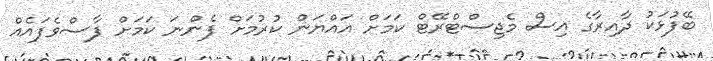
ބޭފުޅަކު ދާއިރާގެ އިސް މެޖިސްޓްރޭޓް ކަމަށް އައްޔަން ކުރުމަށް ފެންނަ ކަމަށް ފާސްވެފައެއް